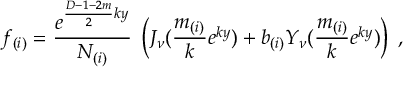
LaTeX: f _ { ( i ) } = \frac { e ^ { \frac { D - 1 - 2 m } { 2 } k y } } { N _ { ( i ) } } \; \left( J _ { \nu } ( \frac { m _ { ( i ) } } { k } e ^ { k y } ) + b _ { ( i ) } Y _ { \nu } ( \frac { m _ { ( i ) } } { k } e ^ { k y } ) \right) \; ,